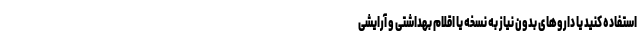
استفاده کنید یا داروهای بدون نیاز به نسخه یا اقلام بهداشتی و آرایشی